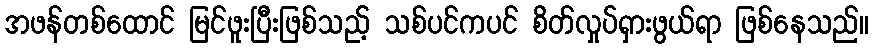
အဖန်တစ်ထောင် မြင်ဖူးပြီးဖြစ်သည့် သစ်ပင်ကပင် စိတ်လှုပ်ရှားဖွယ်ရာ ဖြစ်နေသည်။